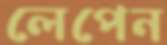
লেপেন